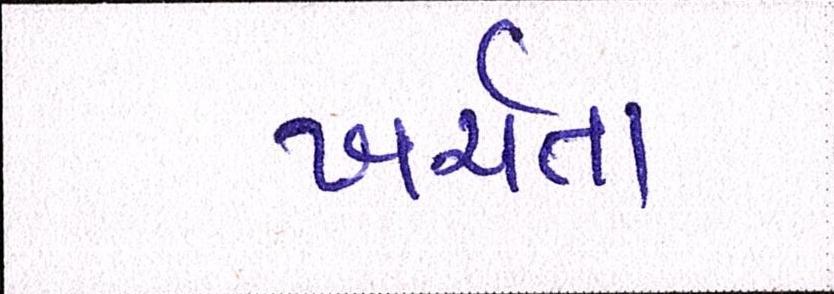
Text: ખર્ચતા